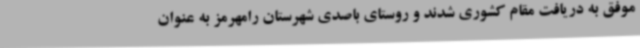
موفق به دریافت مقام کشوری شدند و روستای باصدی شهرستان رامهرمز به عنوان